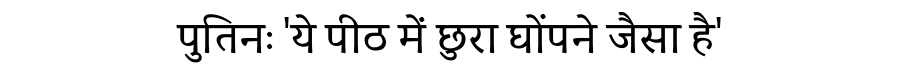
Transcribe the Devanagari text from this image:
पुतिनः 'ये पीठ में छुरा घोंपने जैसा है'